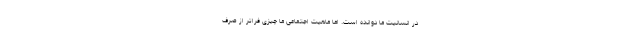
در انسانیت ما دوانده است. اما ماهیت اجتماعی ما چیزی فراتر از صرفِ